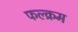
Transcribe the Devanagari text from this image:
फल्क्रम